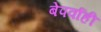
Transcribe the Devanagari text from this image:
बेपर्वाही